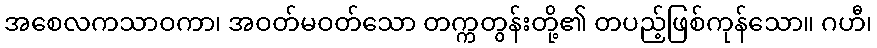
အစေလကသာဝကာ၊ အဝတ်မဝတ်သော တက္ကတွန်းတို့၏ တပည့်ဖြစ်ကုန်သော။ ဂဟီ၊